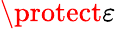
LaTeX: \protect\varepsilon